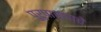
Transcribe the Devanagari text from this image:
पुरुषार्थाचे